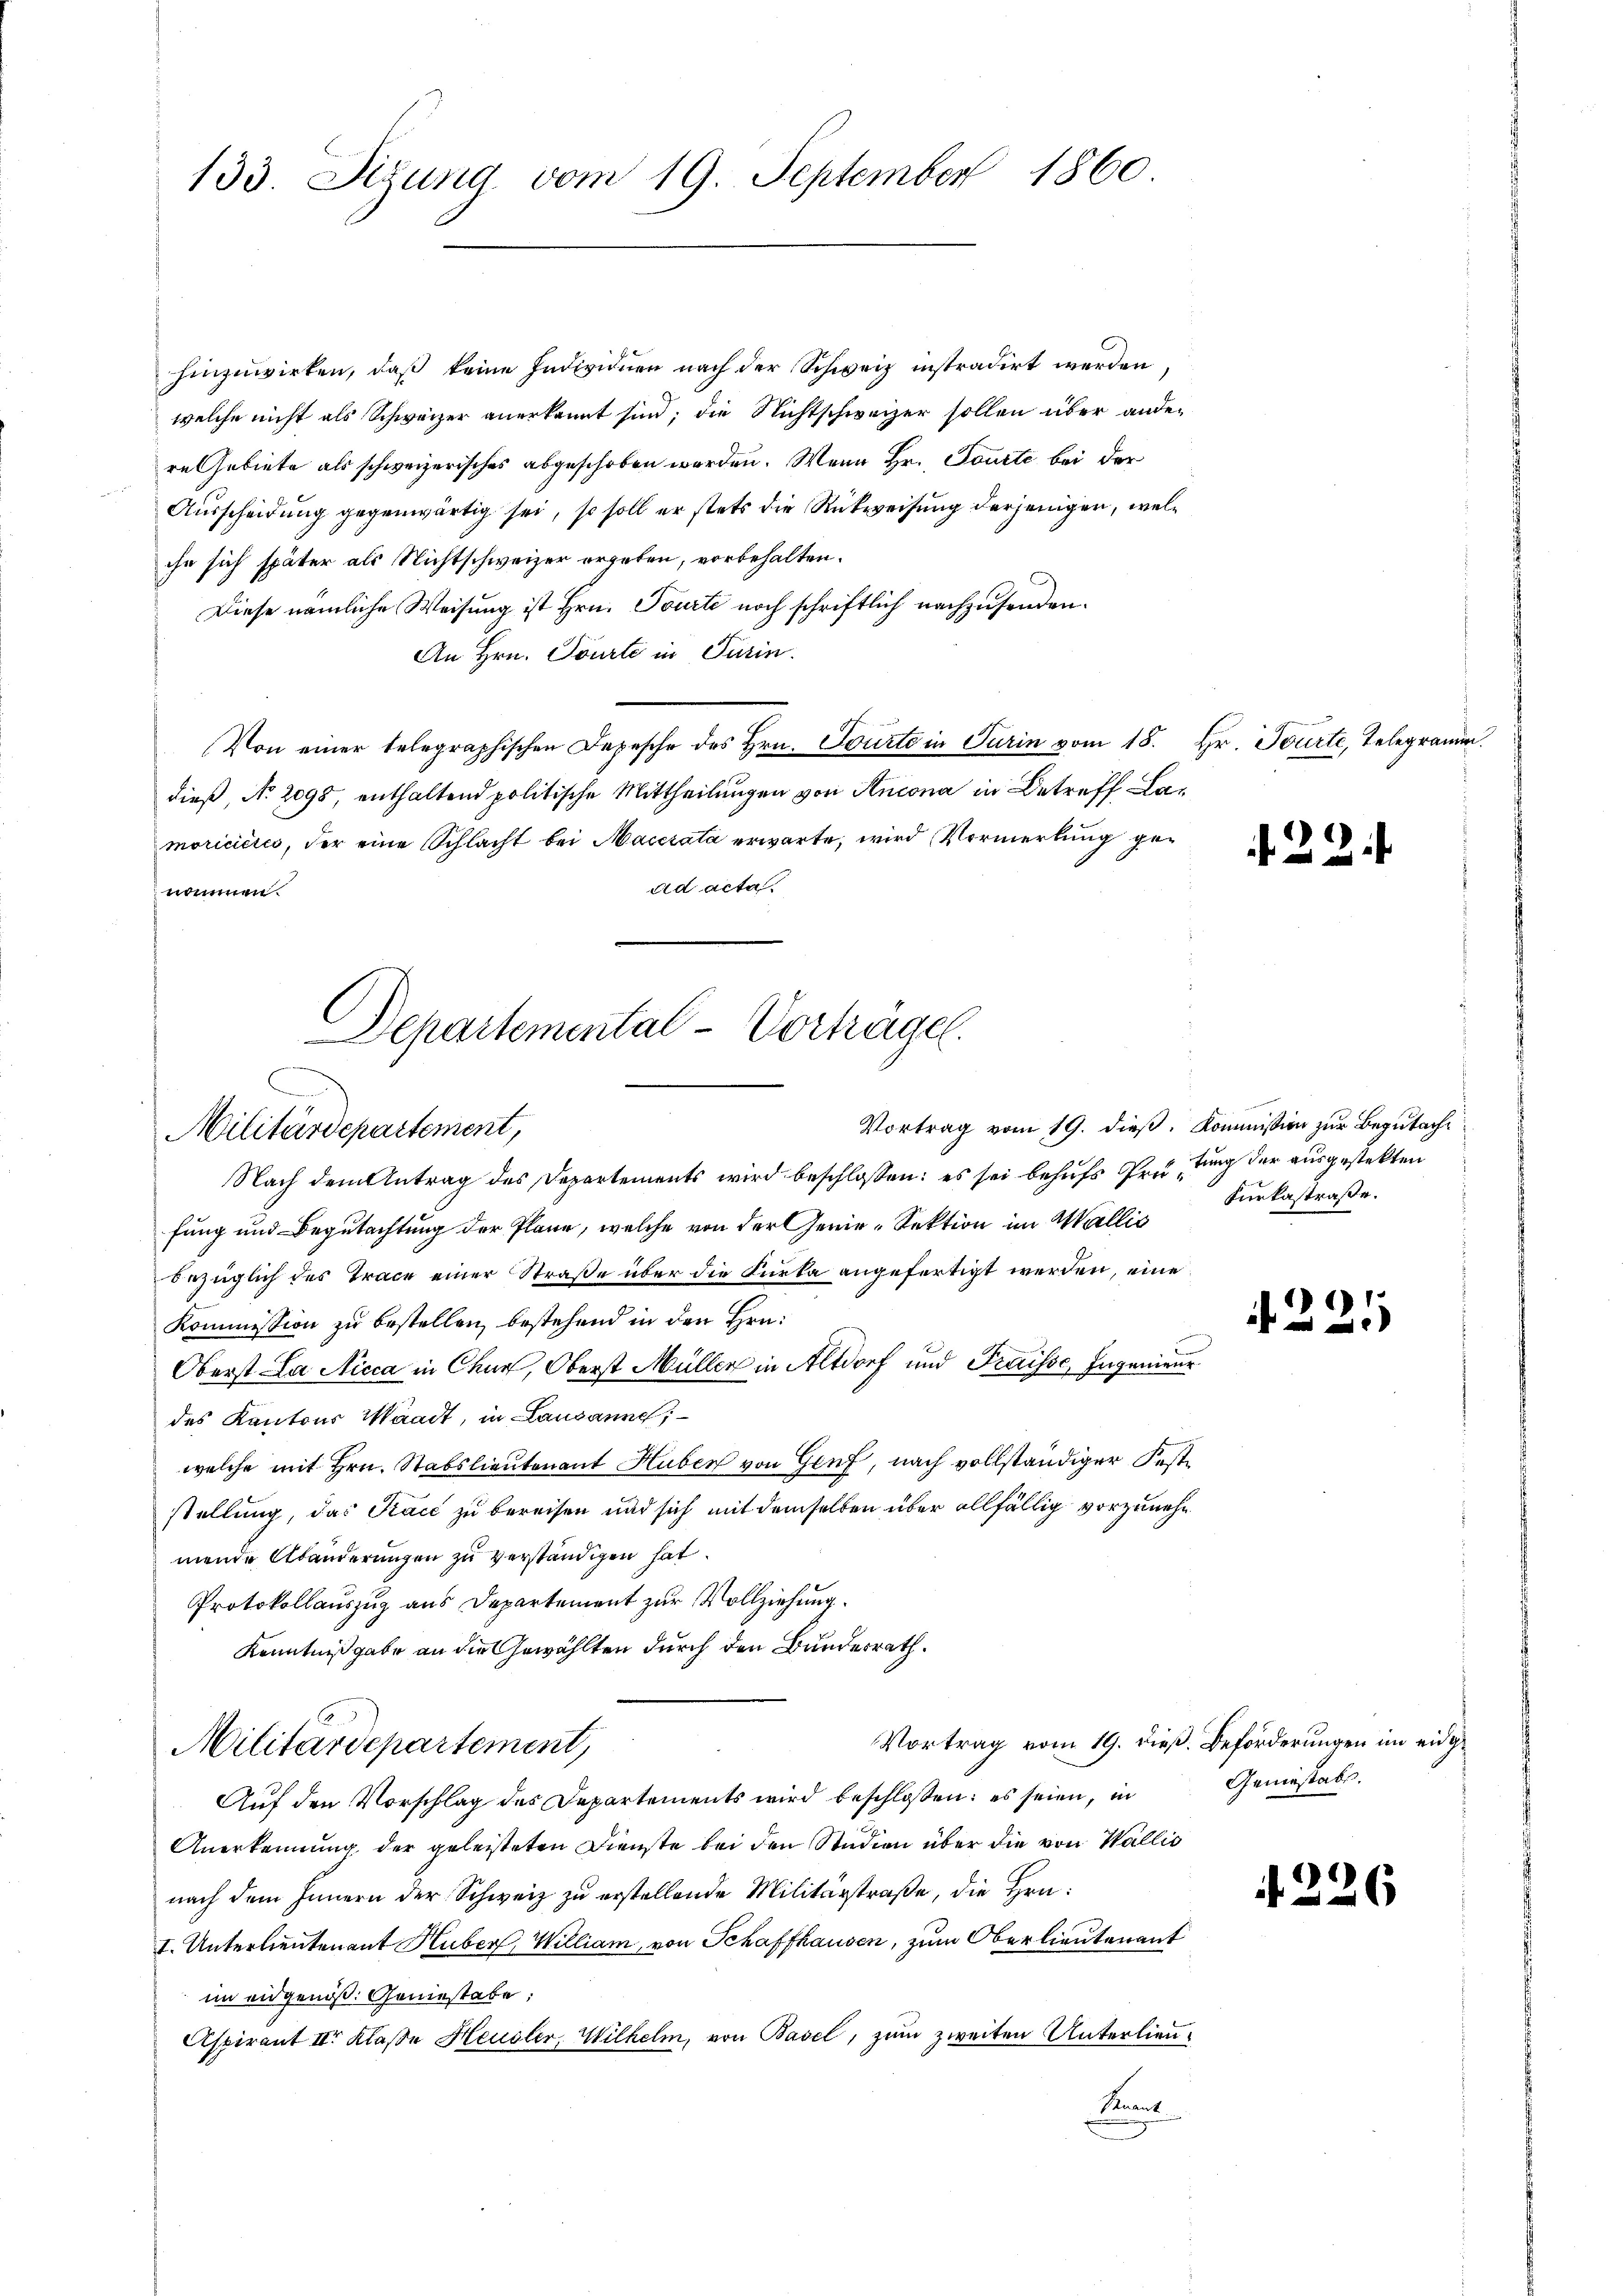
133. Sitzung vom 19. September 1860

hinzuwirken, daß keine Individuen nach der Schweiz instradirt werden
welche nicht als Schweizer anerkannt sind; die Nichtschweizer sollen über andere Gebiete als schweizerisches abgeschoben worden. Wenn Hr. Tourte bei der
Ausscheidung gegenwärtig sei, so soll er stets die Rückweisung derjenigen, welihn sich später als Nichtschweizer ergeben, vorbehalten.
Diese nämliche Weisung ist Hrn. Tourte noch schriftlich nachzusenden.
An Hrn. Tourte in Turin.
Von einer telegraphischen Depesche des Hrn. Tourte in Turin vom 18. Hr. Tourte, Telegramm.
dieß, No. 2098, enthaltend politische Mittheilungen von Incona in Betreff Lamoriciciis, der eine Schlacht bei Macerata erwarte, wird Vormerkung gead acta.
nommen.
Departemental-Vorträgel.

Militärdepartement,

Militärdepartement,

Nach dem Antrag des Departements wird beschlossen: es sei behufs Prüfung der ausgestekten
fung und Begutachtung der Plane, welche von der Genie-Sektion im Wallis
bezüglich des Trace einer Straße über die Furka angefertigt werden, eine
Kommission zu bestellen, bestehend in den Hrn.
Oberst La Nicca in Chur, Oberst Müller in Altdorf und Fraisse, Ingenieur
des Kantons Waadt, in Lausanne;
welche mit Hrn. Stabslieutenant Huben von Genf, nach vollständiger Feststellung, das Kaić zu bereisen und sich mit demselben über allfällig vorzunehmende Abänderungen zu verständigen hat.
Protokollauszug aus Departement zur Vollziehung.
Kenntniß gabe an die Gewählten durch den Bundesrath.

Auf den Vorschlag des Departements wird beschlossen: es seien, in
Anerkennung der geleisteten Dienste bei den Studien über die von Wallis
nach dem Innern der Schweiz zu erstellende Militärstraße, die Hrn.
I. Unterlieutenant Huber, William, von Schaffhausen, zum Oberlieutenant
im eidgenöß. Geniestabe;
Aspirant II. Klasse Heusler, Wilhelm, von Basel, zum zweiten Unterlieu¬
Karl

2.

Vortrag vom 19. dieß. Kommission zur Begutachurkastraße.

2.

2.

.

Vortrag vom 19. dieß. Beförderungen im eidg¬
Geniestabe.